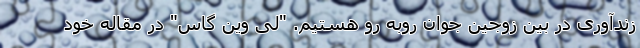
زندآوری در بین زوجین جوان روبه رو هستیم. "لی وین گاس" در مقاله خود